Insane asylums in Bengal annual reports 1867-1875 - 1867-1875
Year: 1867
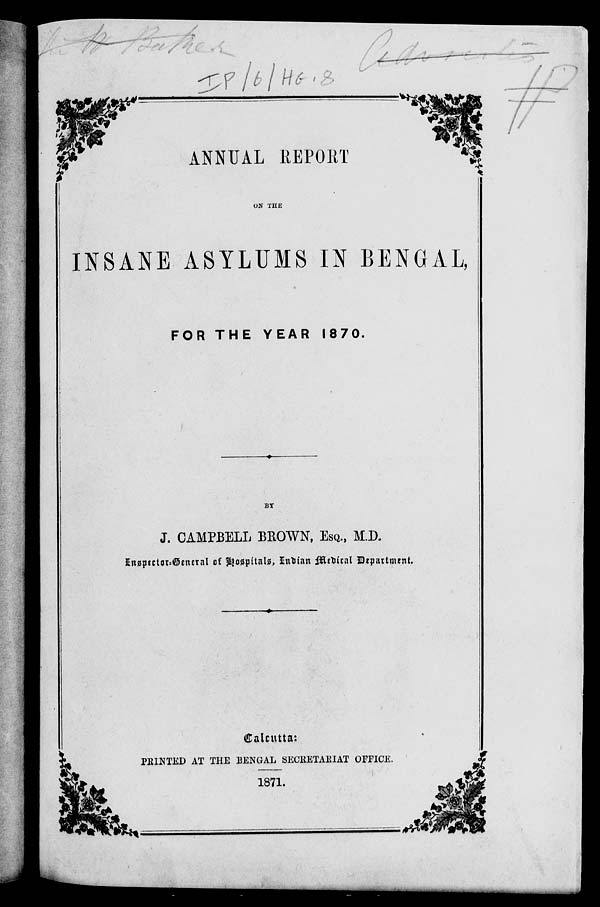
ANNUAL REPORT
ON THE
INSANE ASYLUMS IN BENGAL,
FOR THE YEAR 1870.
BY
J. CAMPBELL BROWN, ESQ., M.D.
Inspector-General of Hospitals, Indian Medical Department.
Calcutta:
PRINTED AT THE BENGAL SECRETARIAT OFFICE.
1871.